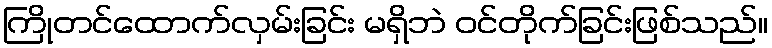
ကြိုတင်ထောက်လှမ်းခြင်း မရှိဘဲ ဝင်တိုက်ခြင်းဖြစ်သည်။